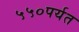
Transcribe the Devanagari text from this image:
५५०पर्यत